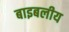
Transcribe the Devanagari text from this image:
बाइबलीय